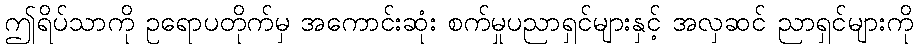
ဤရိပ်သာကို ဥရောပတိုက်မှ အကောင်းဆုံး စက်မှုပညာရှင်များနှင့် အလှဆင် ညာရှင်များကို